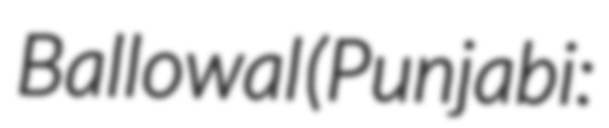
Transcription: Ballowal (Punjabi: